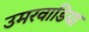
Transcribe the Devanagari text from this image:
उमरवाडिया